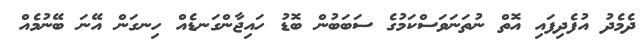
ދެމެދު އުފެދިފައި އޮތް ނުތަނަވަސްކަމުގެ ސަބަބުން ބޮޑު ހައިޖާންގަނޑެއް ހިނގަން އޭނަ ބޭނުމެއް